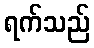
ရက်သည်